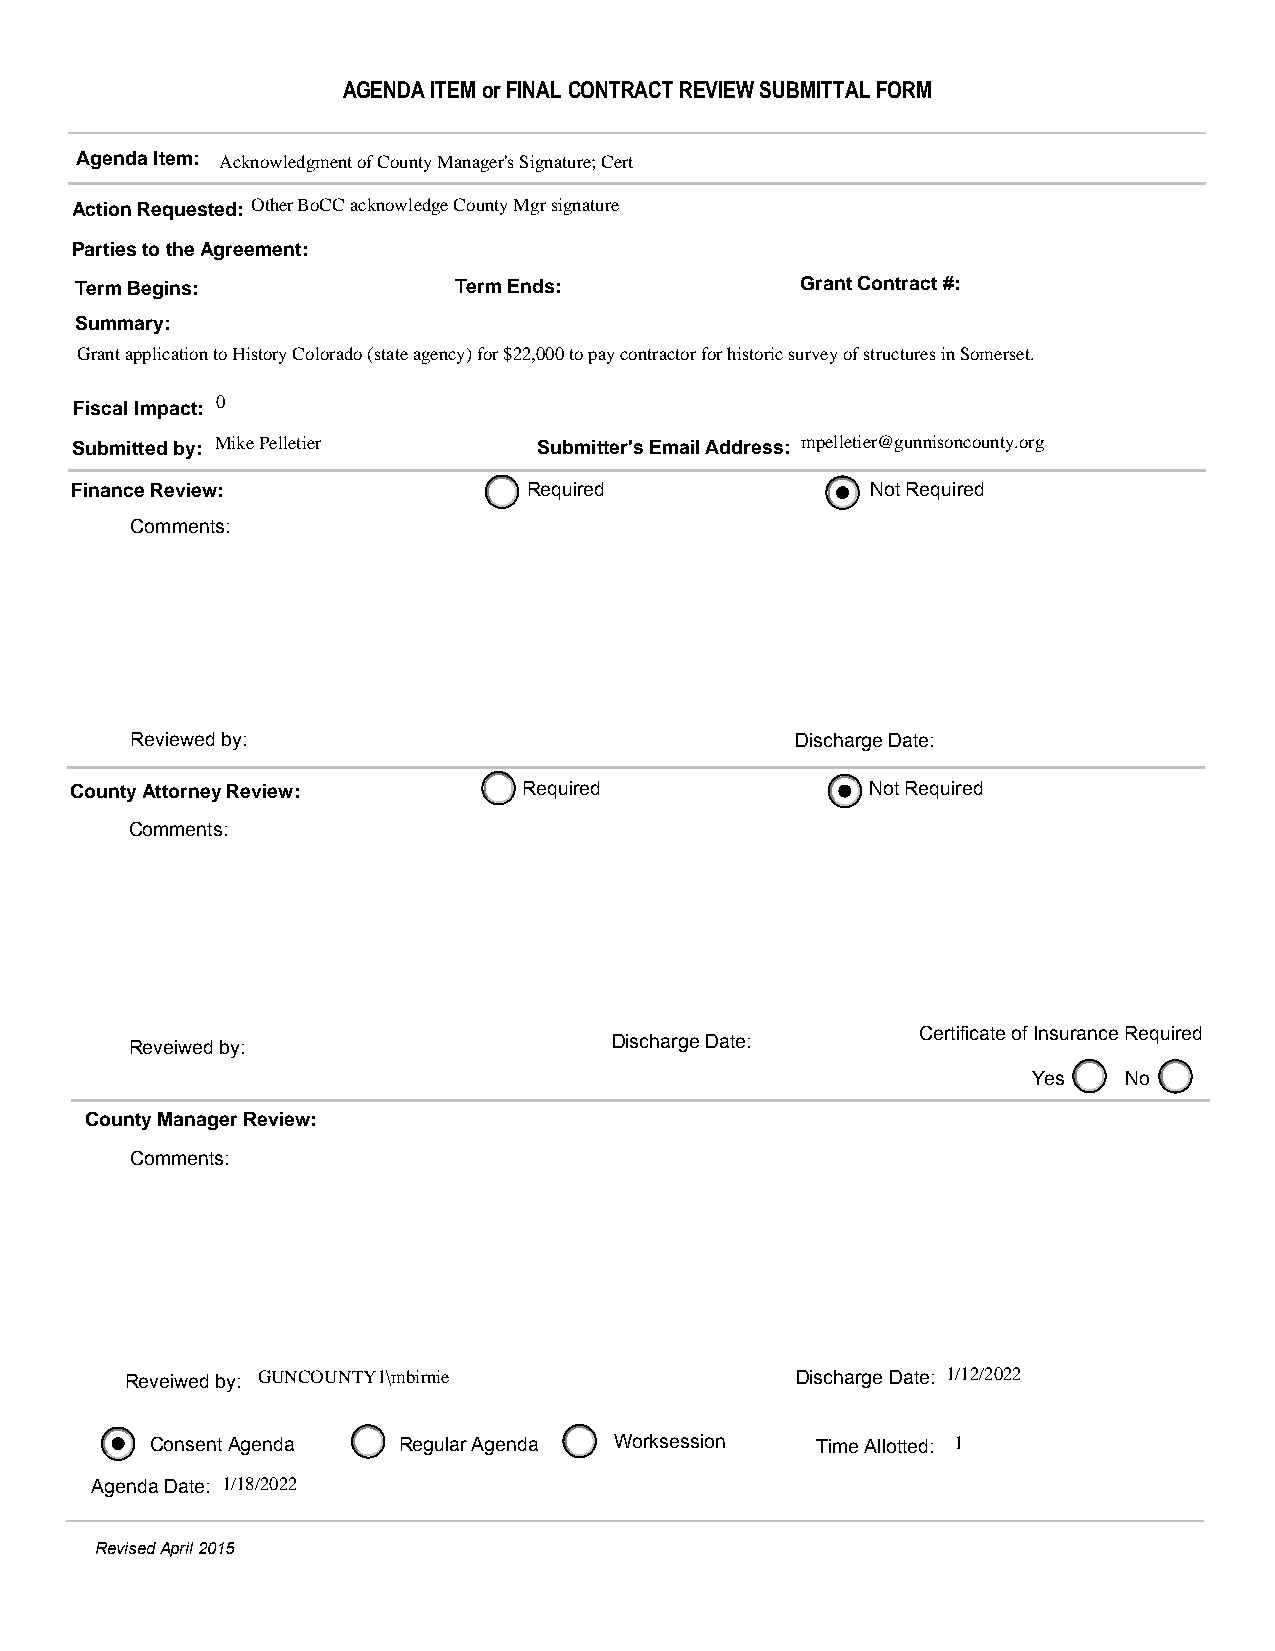
AGENDA ITEM or FINAL CONTRACT REVIEW SUBMITTAL FORM
 Agenda Item: Acknowledgment of County Manager's Signature; Cert
 Action Requested: Other BoCC acknowledge County Mgr signature
 Parties to the Agreement:
 Term Begins:             Term Ends:             Grant Contract #:
 Summary:
 Grant application to History Colorado (state agency) for $22,000 to pay contractor for historic survey of structures in Somerset.
 Fiscal Impact: 0
 Submitted by: Mike Pelletier   Submitter's Email Address: mpelletier@gunnisoncounty.org
 Finance Review:               Required               Not Required
 Comments:
 Reviewed by:                                Discharge Date:
 County Attorney Review:       Required               Not Required
 Comments:
 Certificate of Insurance Required
 Reveiwed by:                    Discharge Date:
 Yes   No
 County Manager Review:
 Comments:
 Reveiwed by: GUNCOUNTY1\mbirnie              Discharge Date: 1/12/2022
 Consent Agenda  Regular Agenda Worksession  Time Allotted: 1
 Agenda Date: 1/18/2022
 Revised April 2015